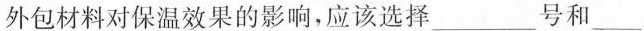
外包材料对保温效果的影响，应该选择